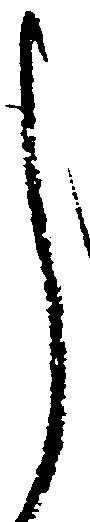
し